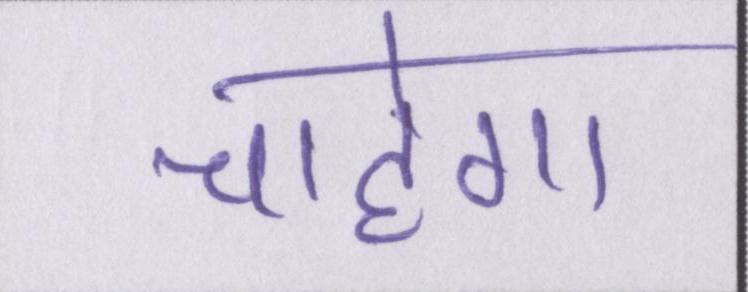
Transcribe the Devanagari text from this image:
चाहेगा